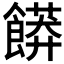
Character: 𲋟